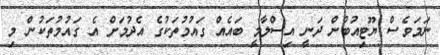
ނަމަވެސް ޔޫޓިއުބުން ދަނީ އިސްލާމީ ބައެއް ގައުމުތަކުގެ އެދުމަށް އެ ގައުމުތަކުން މި